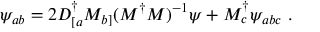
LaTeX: \psi _ { a b } = 2 D _ { [ a } ^ { \dagger } M _ { b ] } ( M ^ { \dagger } M ) ^ { - 1 } \psi + M _ { c } ^ { \dagger } \psi _ { a b c } \ .